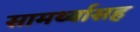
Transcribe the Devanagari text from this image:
सामर्थ्यासह